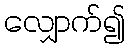
လျှောက်၍